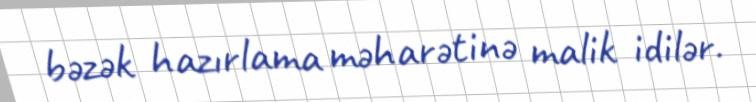
bəzək hazırlama məharətinə malik idilər.